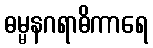
ဓမ္မနဂရာဓိကာရေ